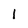
Character: I